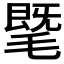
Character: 𣯦